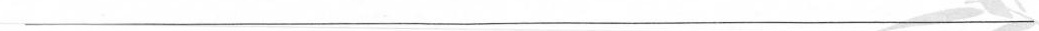
___